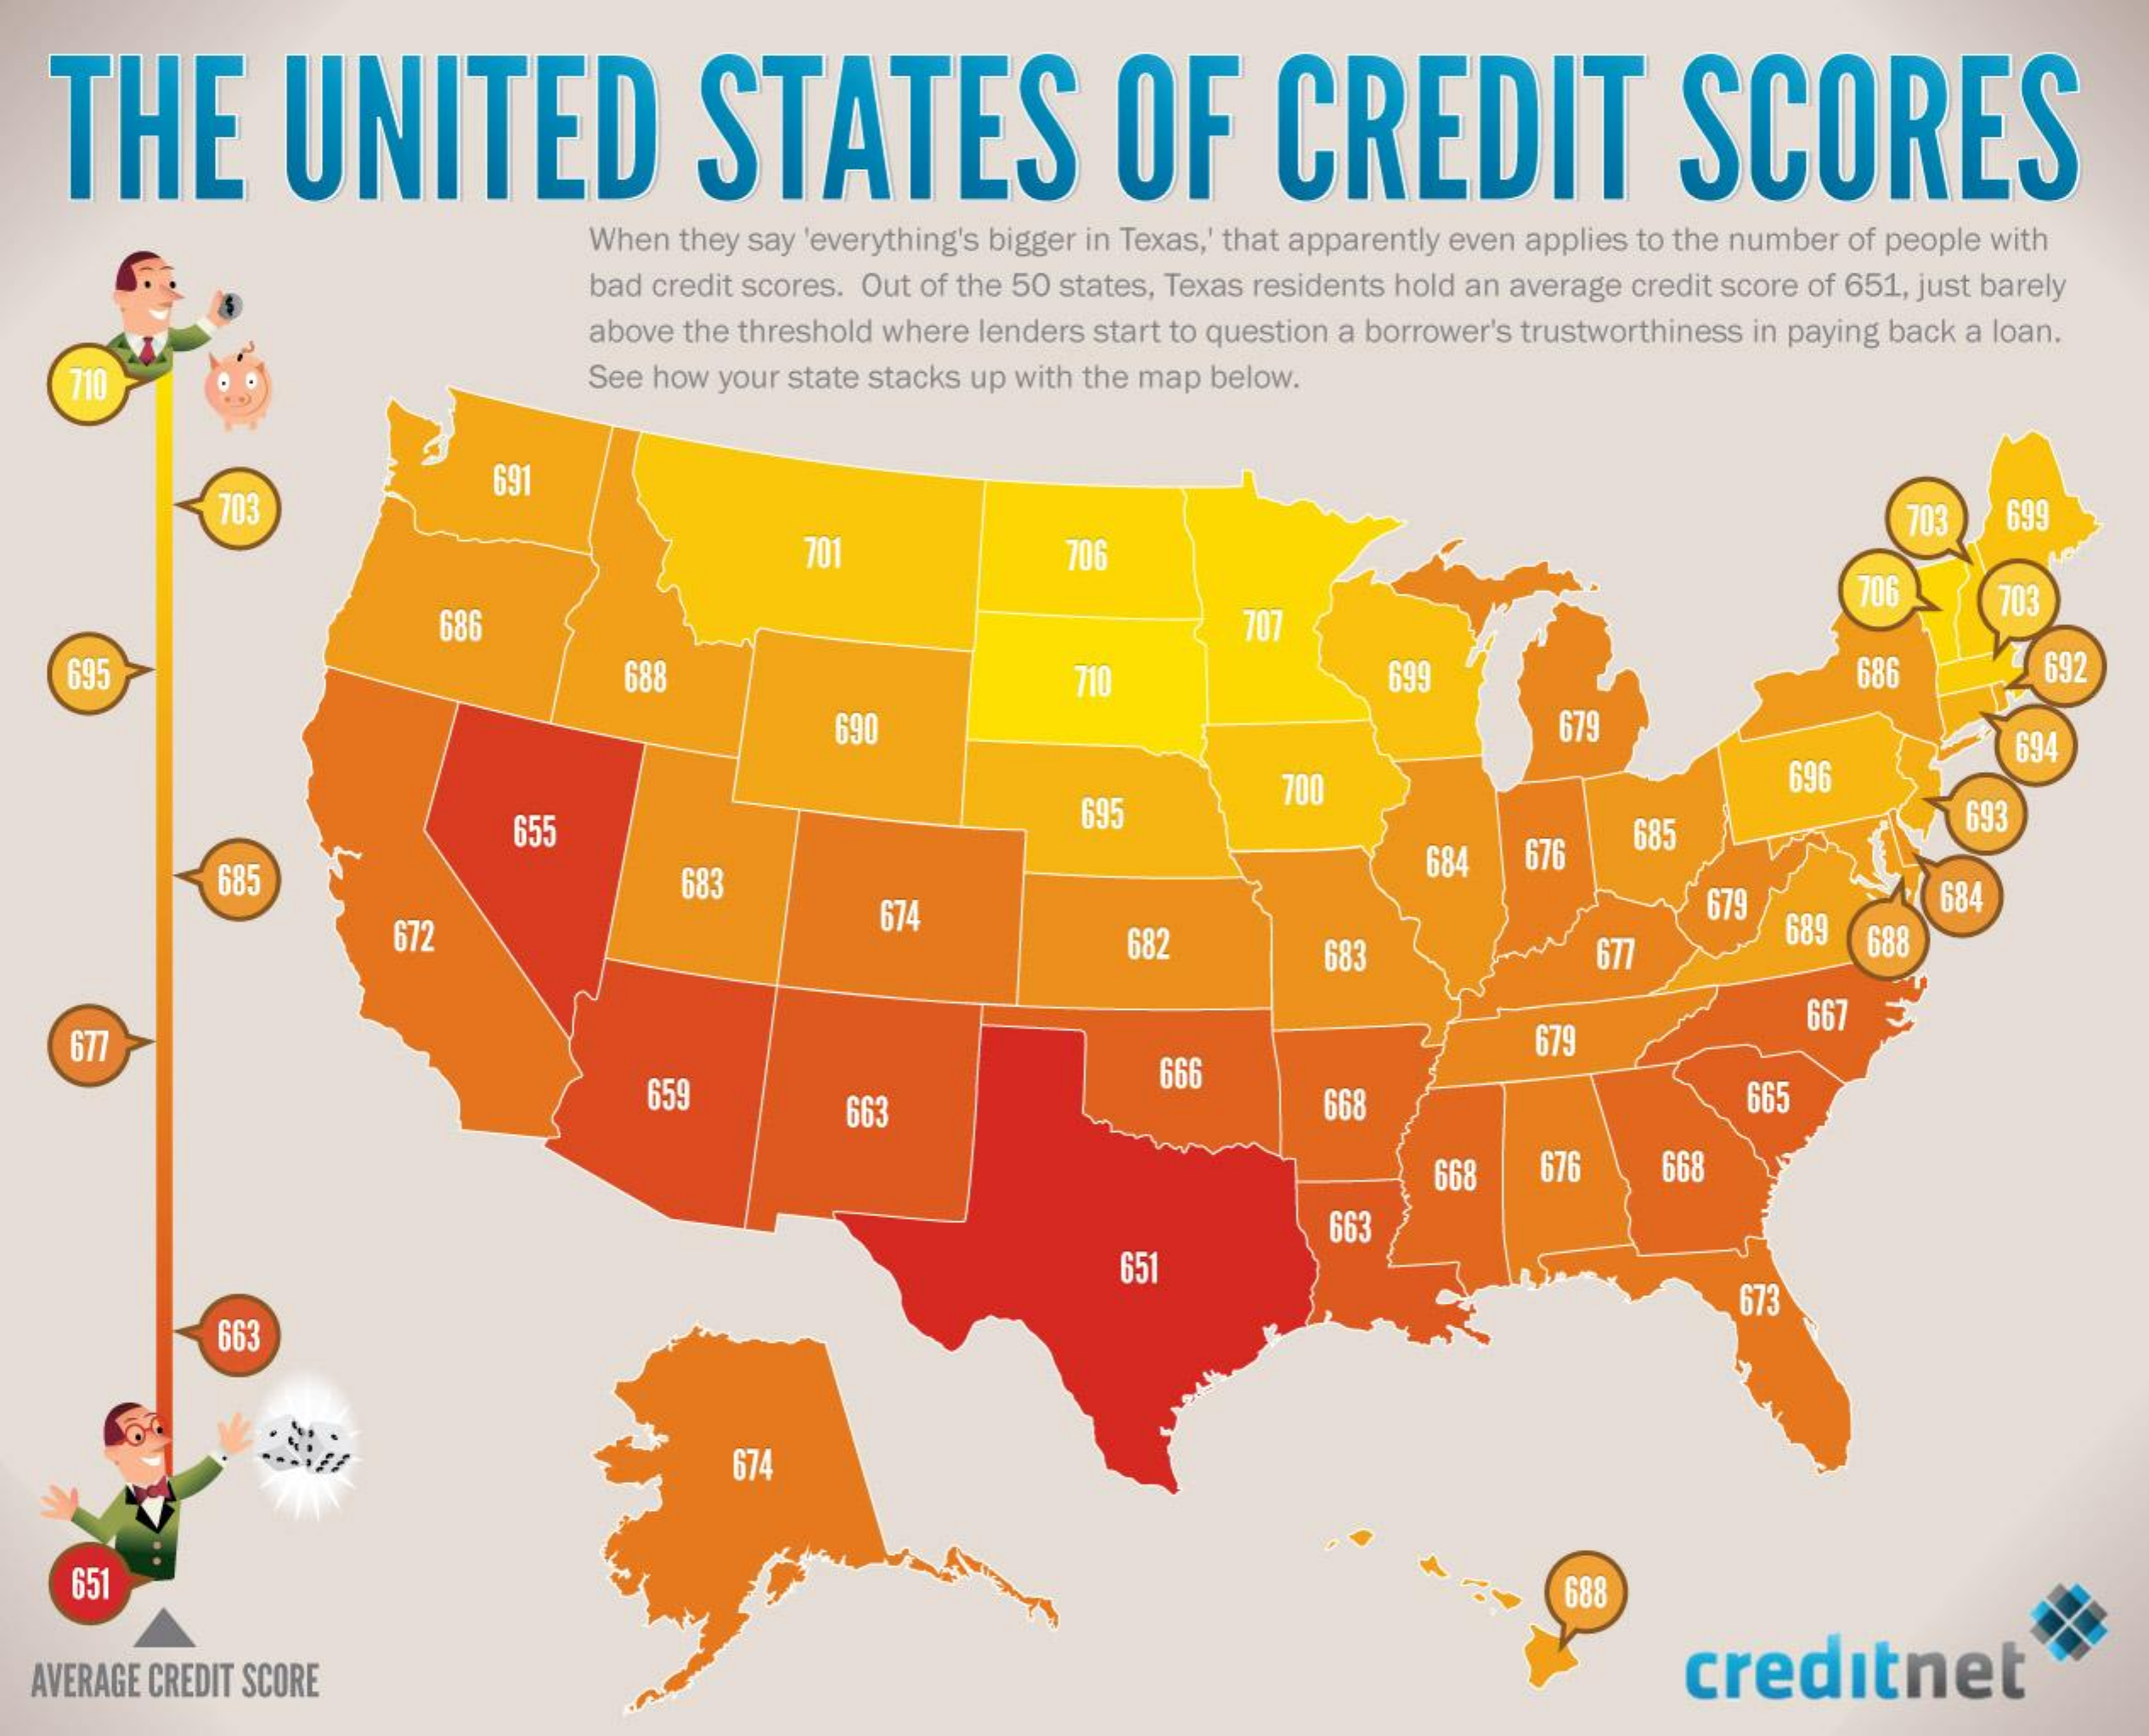
THE    UNITED    STATES    OF    CREDIT    SCORES
     When they say 'everything's bigger in Texas,' that apparently even applies to the number of people with
     bad credit scores. Out of the 50 states, Texas residents hold an average credit score of 651, just barely
     above the threshold where lenders start to question a borrower's trustworthiness in paying back a loan.
    710    See how your state stacks up with the map below.
     703
     691
     701    706
     703   699
     686    707
     706    703
    695    688    710    699    686    692
     690    679
     694
     700    696
     655    695
     685    684   676   685
     693
     683
     674    679    684
     672    682    683    677
     689 688
    677
     667
     659    663
     666
     679
     668    665
     668   676    668
     663
     651
     673
     663
     674
     651    688
  AVERAGE CREDIT SCORE    creditnet